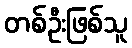
တစ်ဦးဖြစ်သူ